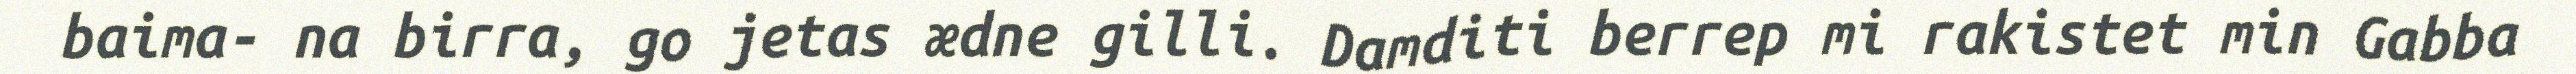
baima- na birra, go jetas ædne gilli. Damditi berrep mi rakistet min Gabba